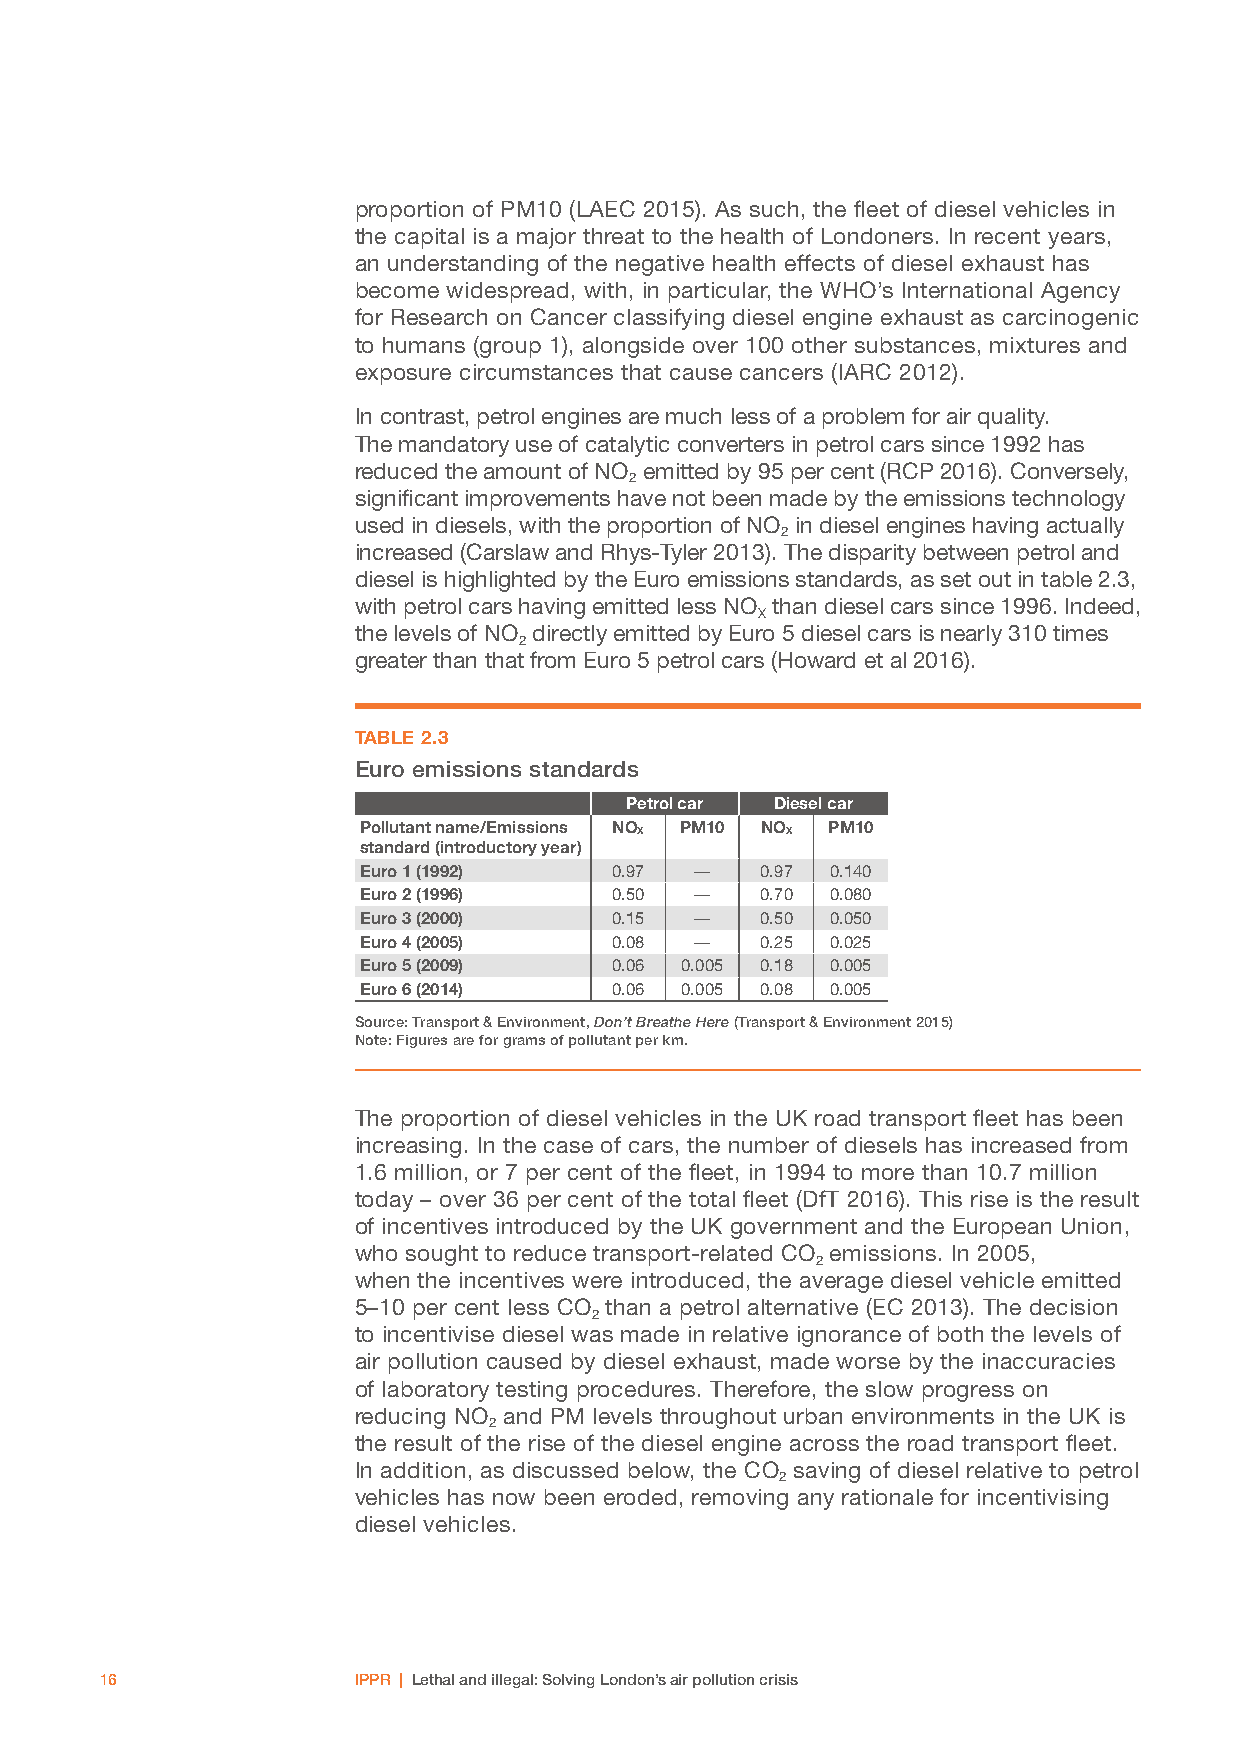
proportion of PM10 (LAEC 2015). As such, the fleet of diesel vehicles in
 the capital is a major threat to the health of Londoners. In recent years,
 an understanding of the negative health effects of diesel exhaust has
 become widespread, with, in particular, the WHO’s International Agency
 for Research on Cancer classifying diesel engine exhaust as carcinogenic
 to humans (group 1), alongside over 100 other substances, mixtures and
 exposure circumstances that cause cancers (IARC 2012).
 In contrast, petrol engines are much less of a problem for air quality.
 The mandatory use of catalytic converters in petrol cars since 1992 has
 reduced the amount of NO emitted by 95 per cent (RCP 2016). Conversely,
 2
 significant improvements have not been made by the emissions technology
 used in diesels, with the proportion of NO in diesel engines having actually
 2
 increased (Carslaw and Rhys-Tyler 2013). The disparity between petrol and
 diesel is highlighted by the Euro emissions standards, as set out in table 2.3,
 with petrol cars having emitted less NO than diesel cars since 1996. Indeed,
 X
 the levels of NO directly emitted by Euro 5 diesel cars is nearly 310 times
 2
 greater than that from Euro 5 petrol cars (Howard et al 2016).
 TABLE 2.3
 Euro emissions standards
 Petrol car Diesel car
 Pollutant name/Emissions NO PM10 NO PM10
 X         X
 standard (introductory year)
 Euro 1 (1992)   0.97  ––  0.97 0.140
 Euro 2 (1996)   0.50  ––  0.70 0.080
 Euro 3 (2000)   0.15  ––  0.50 0.050
 Euro 4 (2005)   0.08  ––  0.25 0.025
 Euro 5 (2009)   0.06 0.005 0.18 0.005
 Euro 6 (2014)   0.06 0.005 0.08 0.005
 Source: Transport & Environment, Don’t Breathe Here (Transport & Environment 2015)
 Note: Figures are for grams of pollutant per km.
 The proportion of diesel vehicles in the UK road transport fleet has been
 increasing. In the case of cars, the number of diesels has increased from
 1.6 million, or 7 per cent of the fleet, in 1994 to more than 10.7 million
 today – over 36 per cent of the total fleet (DfT 2016). This rise is the result
 of incentives introduced by the UK government and the European Union,
 who sought to reduce transport-related CO emissions. In 2005,
 2
 when the incentives were introduced, the average diesel vehicle emitted
 5–10 per cent less CO than a petrol alternative (EC 2013). The decision
 2
 to incentivise diesel was made in relative ignorance of both the levels of
 air pollution caused by diesel exhaust, made worse by the inaccuracies
 of laboratory testing procedures. Therefore, the slow progress on
 reducing NO and PM levels throughout urban environments in the UK is
 2
 the result of the rise of the diesel engine across the road transport fleet.
 In addition, as discussed below, the CO saving of diesel relative to petrol
 2
 vehicles has now been eroded, removing any rationale for incentivising
 diesel vehicles.
 16              IPPR | Lethal and illegal: Solving London’s air pollution crisis